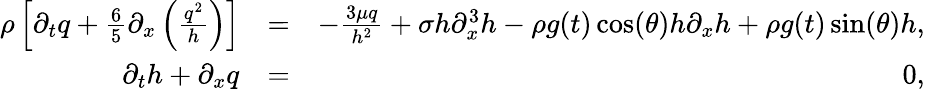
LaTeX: \begin{array}{rlr}{\rho\left[\partial_{t}q+\frac{6}{5}\partial_{x}\left(\frac{q^{2}}{h}\right)\right]}&{=}&{-\frac{3\mu q}{h^{2}}+\sigma h\partial_{x}^{3}h-\rho g(t)\cos(\theta)h\partial_{x}h+\rho g(t)\sin(\theta)h,}\\ {\partial_{t}h+\partial_{x}q}&{=}&{0,}\end{array}